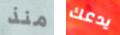
منذ يدعك